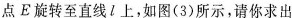
点E旋转至直线l上，如图(3)所示，请你求出